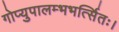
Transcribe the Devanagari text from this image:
गोप्युपालम्भभर्त्सितः।